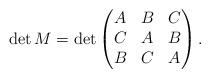
LaTeX: \begin{align*} \det M = \det \begin{pmatrix} A & B & C \\ C & A & B \\ B & C & A \end{pmatrix}. \end{align*}